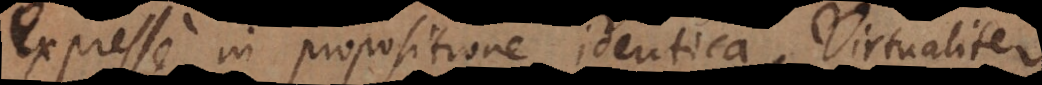
expresse in propositione identica, Virtualiter